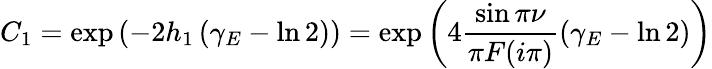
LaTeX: C_{1}=\exp\left(-2h_{1}\left(\gamma_{E}-\ln 2\right)\right)=\exp\left(4\frac{\sin\pi\nu}{\pi F(i\pi)}\left(\gamma_{E}-\ln 2\right)\right)